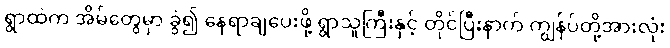
ရွာထဲက အိမ်တွေမှာ ခွဲ၍ နေရာချပေးဖို့ ရွာသူကြီးနှင့် တိုင်ပြီးနာက် ကျွန်ပ်တို့အားလုံး